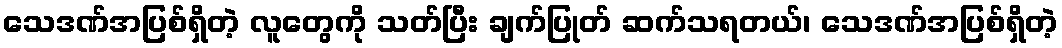
သေဒဏ်အပြစ်ရှိတဲ့ လူတွေကို သတ်ပြီး ချက်ပြုတ် ဆက်သရတယ်၊ သေဒဏ်အပြစ်ရှိတဲ့